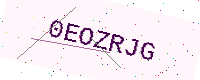
Text: 0EOZRJG